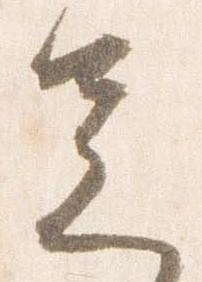
足